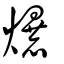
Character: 爆